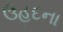
ઉહદના